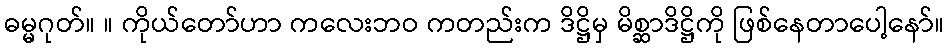
ဓမ္မဂုတ်။ ။ ကိုယ်တော်ဟာ ကလေးဘဝ ကတည်းက ဒိဋ္ဌိမှ မိစ္ဆာဒိဋ္ဌိကို ဖြစ်နေတာပေါ့နော်။